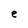
Character: e